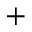
^ +